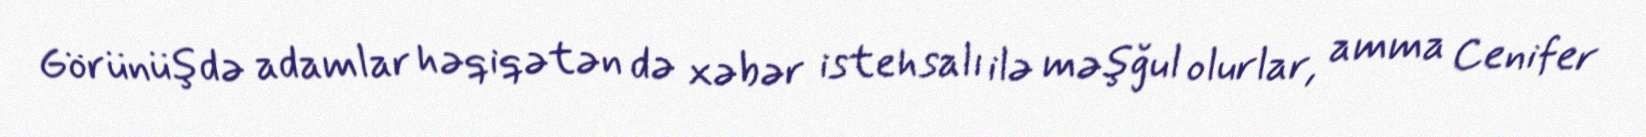
Görünüşdə adamlar həqiqətən də xəbər istehsalı ilə məşğul olurlar, amma Cenifer